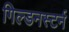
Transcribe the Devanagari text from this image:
गिल्डनस्टर्न